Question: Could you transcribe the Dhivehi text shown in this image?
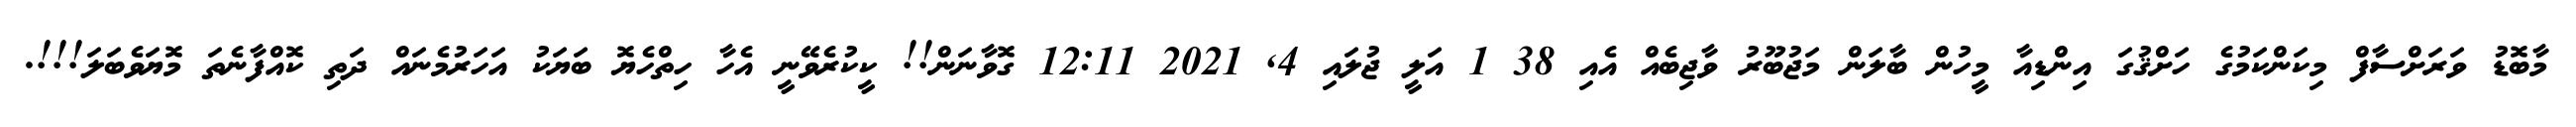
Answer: މާބޮޑު ވަރަށްސާފް މިކަންކަމުގެ ހަށްޤުގަ އިންޑިއާ މީހުން ބާލަން މަޖުބޫރު ވާޖިބެއް އެއި 38 1 އަލީ ޖުލައި 4, 2021 12:11 ގޮވާނަން!! ކީކުރެވޭނީ އެހާ ހިތްހެޔޮ ބަޔަކު އަހަރުމެނައް ދަތި ކޮއްފާނެތަ މޮޔަވެބަލަ!!!.